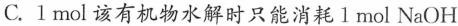
C.1mol该有机物水解时只能消耗1mol NaOH